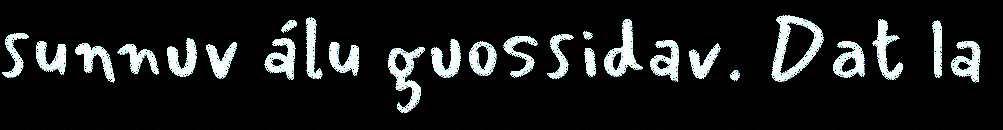
sunnuv álu guossidav. Dat la